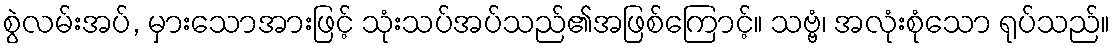
စွဲလမ်းအပ်, မှားသောအားဖြင့် သုံးသပ်အပ်သည်၏အဖြစ်ကြောင့်။ သဗ္ဗံ၊ အလုံးစုံသော ရုပ်သည်။